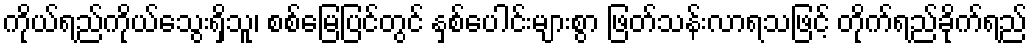
ကိုယ်ရည်ကိုယ်သွေးရှိသူ၊ စစ်မြေပြင်တွင် နှစ်ပေါင်းများစွာ ဖြတ်သန်းလာရသဖြင့် တိုက်ရည်ခိုက်ရည်